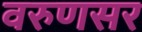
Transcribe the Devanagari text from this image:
वरुणसर